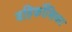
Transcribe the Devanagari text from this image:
बहिर्कोशिका